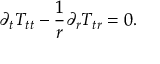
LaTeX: \partial _ { t } T _ { t t } - \frac { 1 } { r } \partial _ { r } T _ { t r } = 0 .